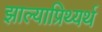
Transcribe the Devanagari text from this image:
झाल्याप्रिथ्यर्थ